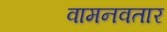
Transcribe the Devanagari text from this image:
वामनवतार